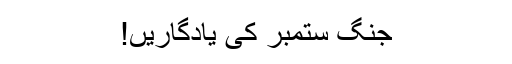
جنگ ستمبر کی یادگاریں!